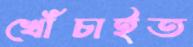
খোঁচাইত